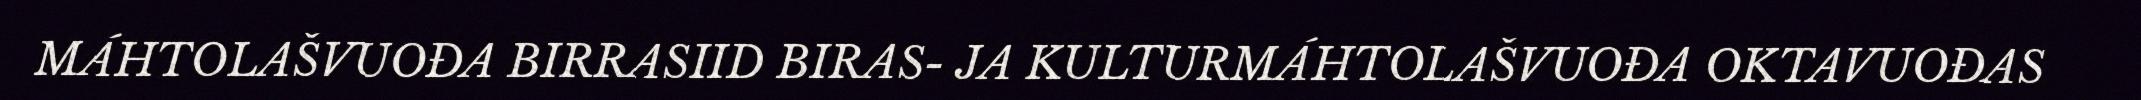
MÁHTOLAŠVUOĐA BIRRASIID BIRAS- JA KULTURMÁHTOLAŠVUOĐA OKTAVUOĐAS